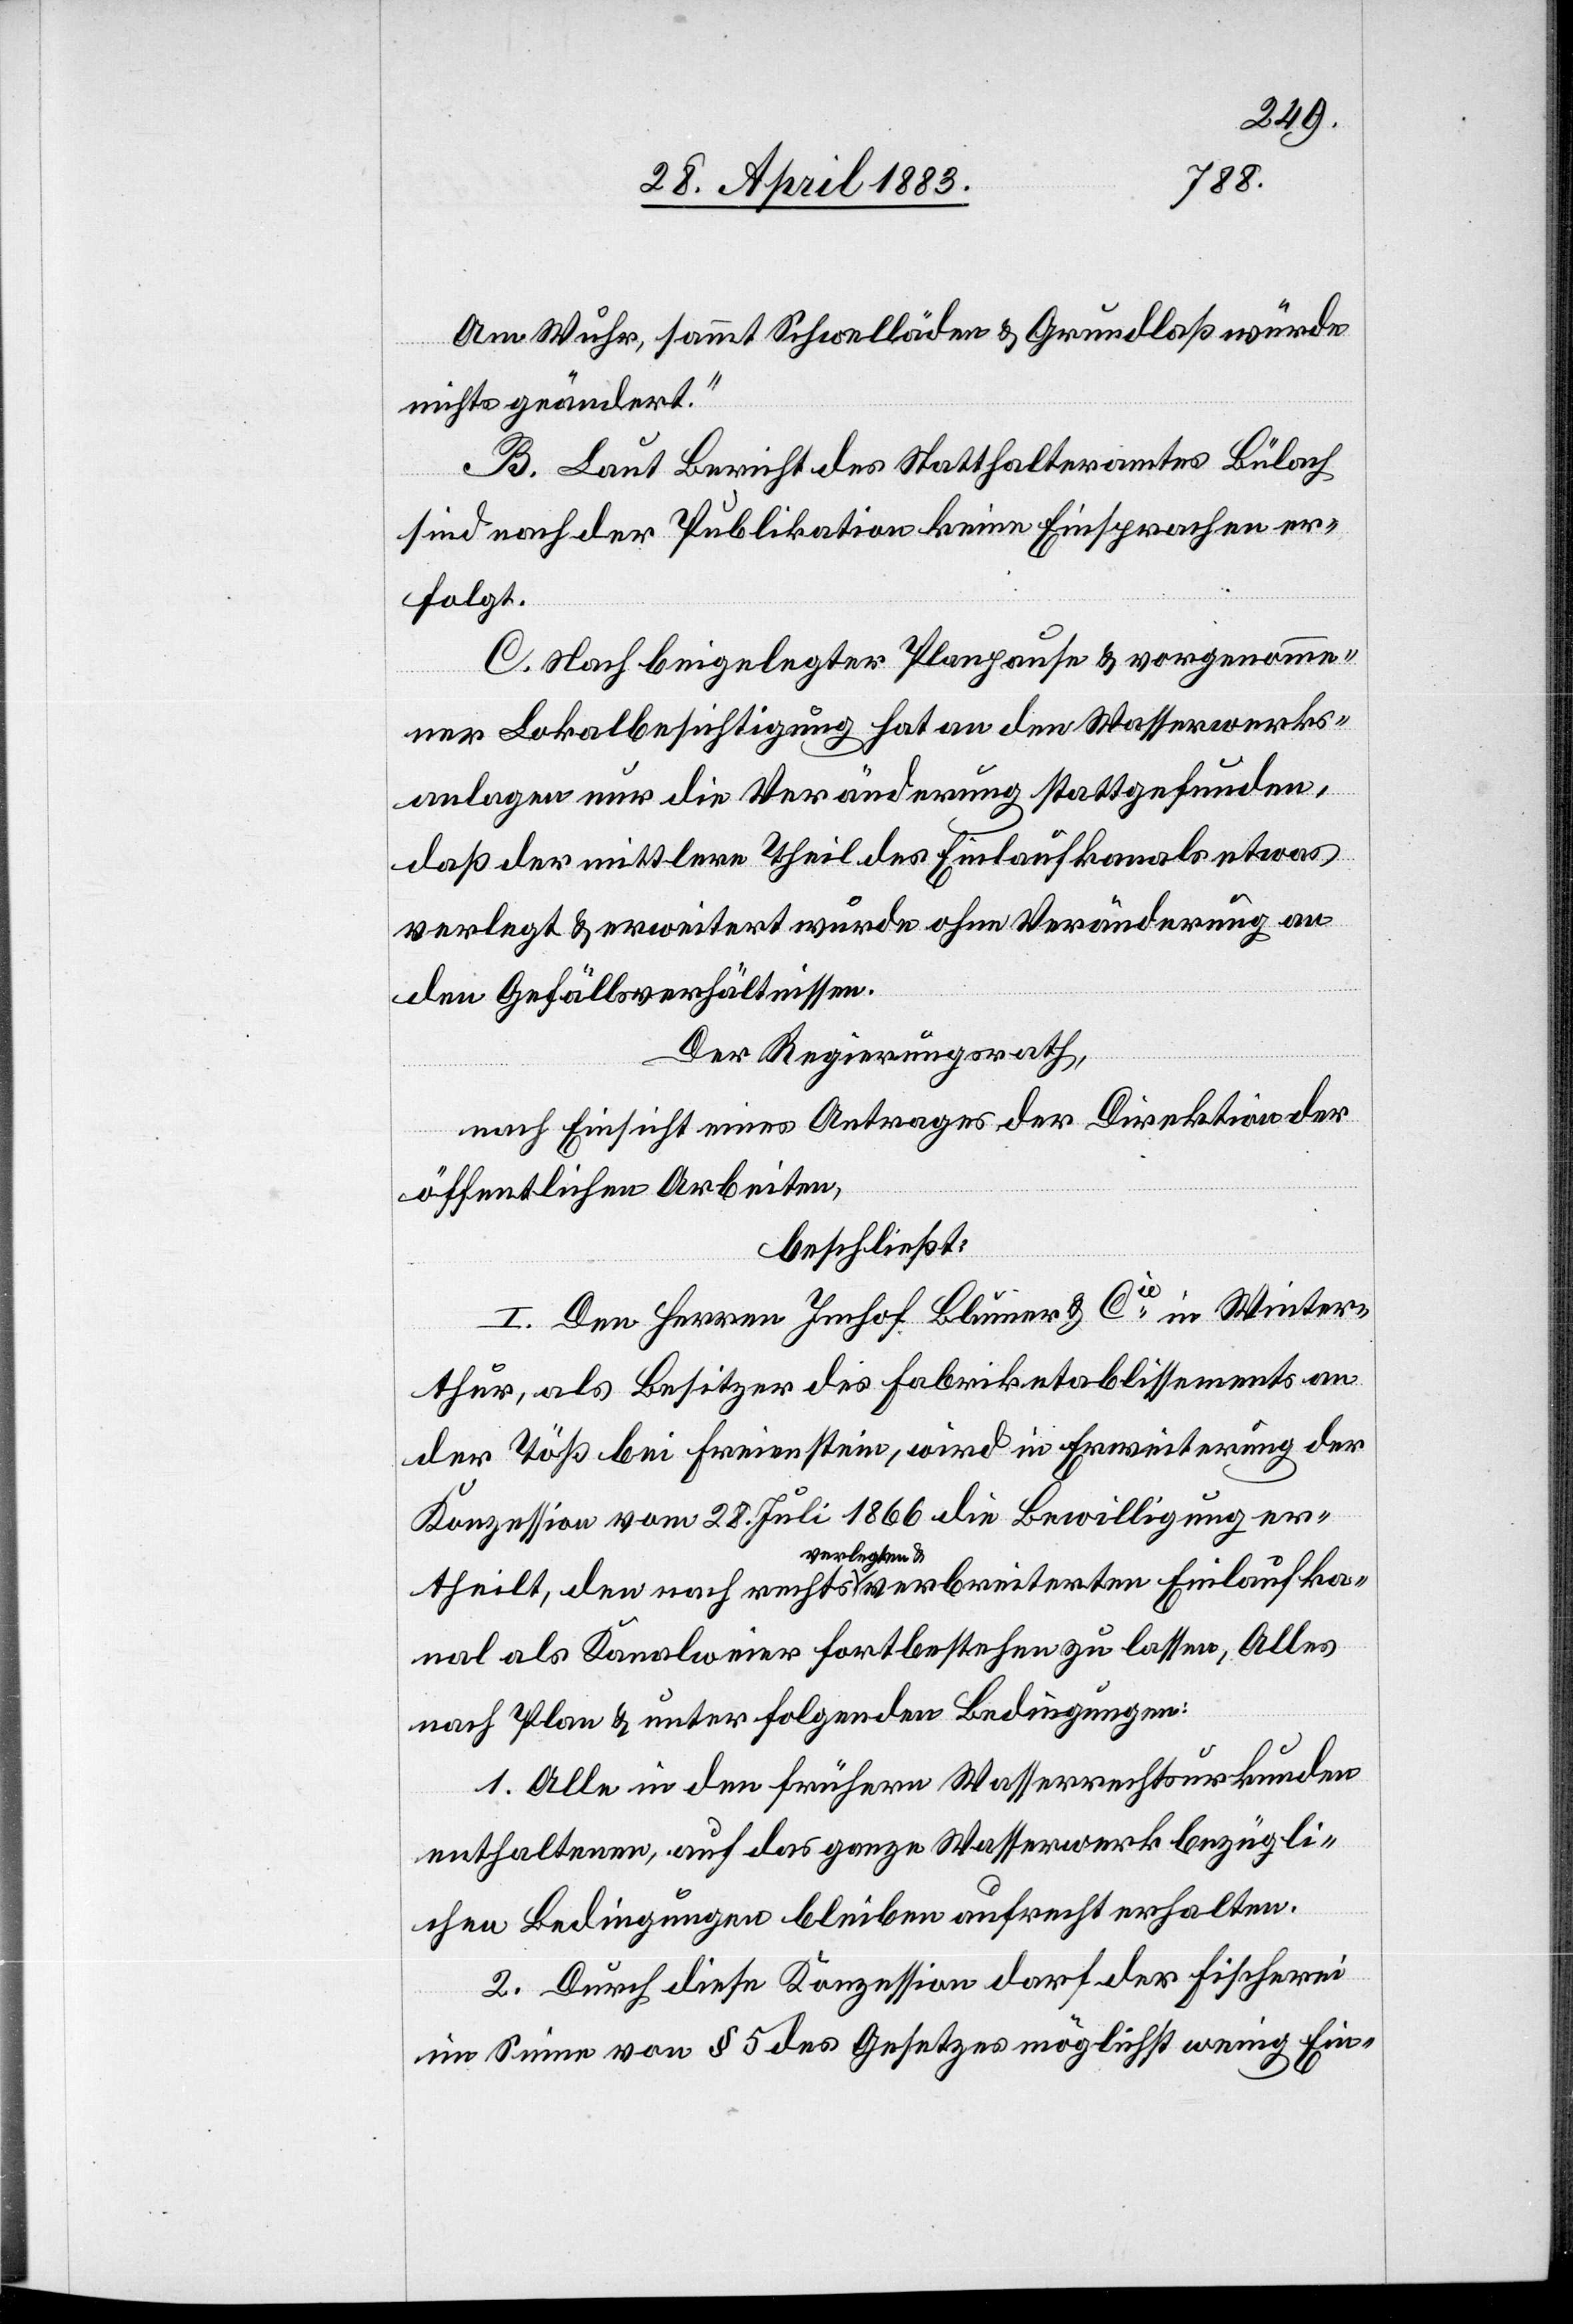
Am Wuhr, sammt Schwelläden & Grundlaß würde
nichts geändert.“
B. Laut Bericht des Statthalteramtes Bülach
sind nach der Publikation keine Einsprachen er¬
folgt.
C. Nach beigelegter Planpause & vorgenomme¬
ne Lokalbesichtigung hat an den Wasserwerks¬
anlagen nur die Veränderung stattgefunden,
daß der mittlere Theil des Einlaufkanals etwas
verlegt & erweitert wurde ohne Veränderung an
den Gefällsverhältnissen.
Der Regierungsrath,
nach Einsicht eines Antrages der Direktion der
öffentlichen Arbeiten,
beschließt:
I. Den Herren Imhof Blumer & Cie in Winter¬
thur, als Besitzer des Fabriketablissements an
der Töß bei Freienstein, wird in Erweiterung der
Konzession vom 28. Juli 1866 die Bewilligung er¬
verlegten &
nal als Kanalweier fortbestehen zu lassen, Alles
nach Plan & unter folgenden Bedingungen:
1. Alle in den frühern Wasserrechtsurkunden
enthaltenen, auf das ganze Wasserwerk bezügli¬
chen Bedingungen bleiben aufrecht erhalten.
2. Durch diese Konzession darf der Fischerei
Einlaufka¬
im Sinne von § 5 des Gesetzes möglichst wenig Ein-